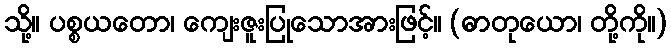
သို့။ ပစ္စယတော၊ ကျေးဇူးပြုသောအားဖြင့်။ (ဓာတုယော၊ တို့ကို။)